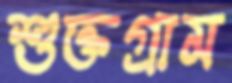
শুক্তগ্রাম